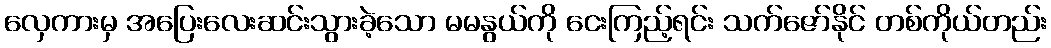
လှေကားမှ အပြေးလေးဆင်းသွားခဲ့သော မမနွယ်ကို ငေးကြည့်ရင်း သက်ဇော်နိုင် တစ်ကိုယ်တည်း